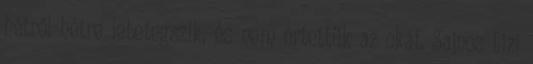
hétről-hétre lebetegszik, és nem értettük az okát. Sajnos Lizi